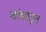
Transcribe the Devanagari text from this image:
खांद्यांतून